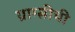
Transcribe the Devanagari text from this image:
ग्राम्सीची